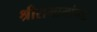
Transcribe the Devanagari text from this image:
श्रीरामामांच्या